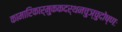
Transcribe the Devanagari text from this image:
कामारिकार्मुककदर्थनचुञ्चुदोष्णः